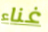
غناء